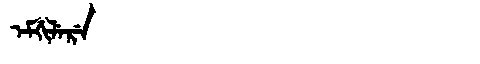
Manchu: ᡝᠮᡤᡳᠯᡝᡵᡝ
Romanization: EMGILERE